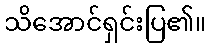
သိအောင်ရှင်းပြ၏။